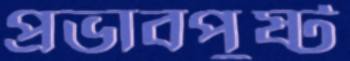
প্রভাবপুষ্ট